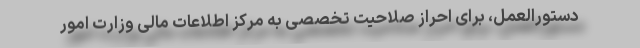
دستورالعمل، برای احراز صلاحیت تخصصی به مرکز اطلاعات مالی وزارت امور